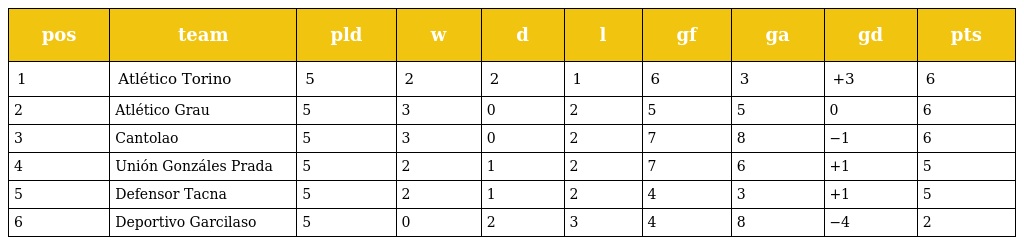
| pos | team | pld | w | d | l | gf | ga | gd | pts |
 | --- | --- | --- | --- | --- | --- | --- | --- | --- | --- |
 | 1 | Atlético Torino | 5 | 2 | 2 | 1 | 6 | 3 | +3 | 6 |
 | 2 | Atlético Grau | 5 | 3 | 0 | 2 | 5 | 5 | 0 | 6 |
 | 3 | Cantolao | 5 | 3 | 0 | 2 | 7 | 8 | −1 | 6 |
 | 4 | Unión Gonzáles Prada | 5 | 2 | 1 | 2 | 7 | 6 | +1 | 5 |
 | 5 | Defensor Tacna | 5 | 2 | 1 | 2 | 4 | 3 | +1 | 5 |
 | 6 | Deportivo Garcilaso | 5 | 0 | 2 | 3 | 4 | 8 | −4 | 2 |